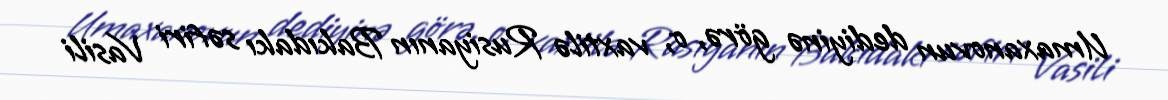
Umaxanovun dediyinə görə, o, vaxtilə Rusiyanın Bakıdakı səfiri Vasili